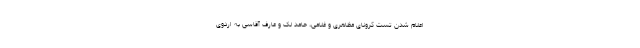
اعلام شدن تست کرونای مظاهری و غلامی، حامد لک و عارف آقاسی به اردوی